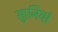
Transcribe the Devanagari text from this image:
सुानियां